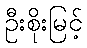
ဦးစိုးမြင့်